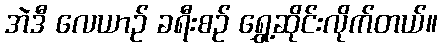
အဲဒီ လေယာဉ် ခရီးစဉ် ရွှေ့ဆိုင်းလိုက်တယ်။